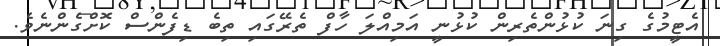
އެޓީމުގެ ގިނަ ކުޅުންތެރިން ކުޅުނީ އަމިއްލަ ހާފް ތެރޭގައި ތިބެ ޑިފެންސް ކޮށްގެންނެވެ.